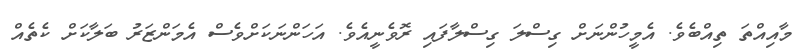
މާއިއްތަ ތިއްބެވެ. އެމީހުންނަށް ގިސްލަ ގިސްލާފައި ރޮވެނީއެވެ. އަހަންނަކަށްވެސް އެމަންޒަރު ބަލާކަށް ކެތެއް